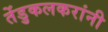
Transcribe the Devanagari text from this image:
तेंडुकलकरांनी